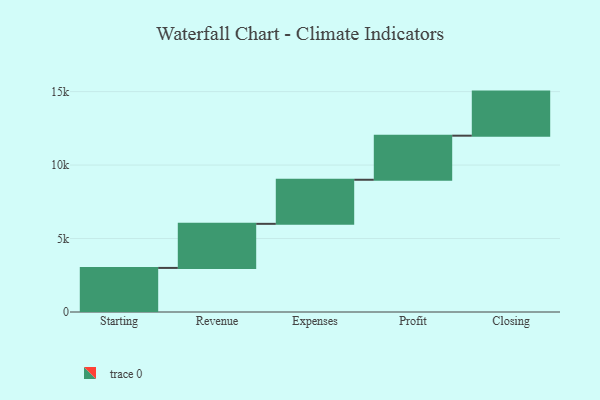
{"axis": {"x": "Step", "y": "Value"}, "legend": [""], "data": [{"x": "Starting", "y": 3000, "type": ""}, {"x": "Revenue", "y": 3000, "type": ""}, {"x": "Expenses", "y": 3000, "type": ""}, {"x": "Profit", "y": 3000, "type": ""}, {"x": "Closing", "y": 3000, "type": ""}]}